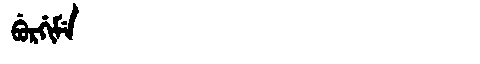
Manchu: ᠪᡠᡵᡤᡳᠮᡝ
Romanization: BURGIME